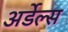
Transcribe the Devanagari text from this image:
अर्डेल्स